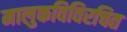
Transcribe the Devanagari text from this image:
मालुकविविरचित